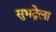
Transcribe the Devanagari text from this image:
सुभद्रेला